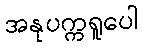
အနုပက္ကရူပေါ